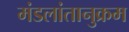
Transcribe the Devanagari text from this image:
मंडलांतानुक्रम